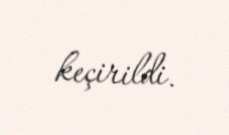
keçirildi.